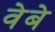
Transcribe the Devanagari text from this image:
वेबे